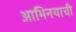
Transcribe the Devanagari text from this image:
आभिनयाची